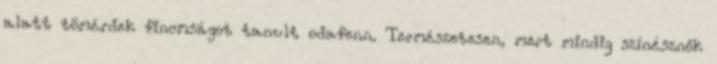
alatt tömérdek finomságot tanult odafenn. Természetesen, mert mindig színésznők